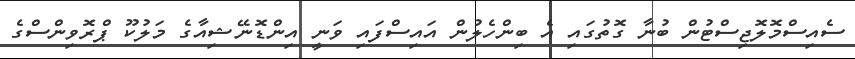
ސެއިސްމޮލޮޖިސްޓުން ބުނާ ގޮތުގައި އެ ބިންހެލުން އައިސްފައި ވަނީ އިންޑޮނޭޝިއާގެ މަލުކޫ ޕްރޮވިންސްގެ